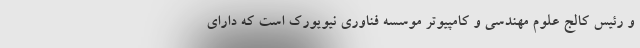
و رئیس کالج علوم مهندسی و کامپیوتر موسسه فناوری نیویورک است که دارای